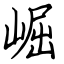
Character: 崛